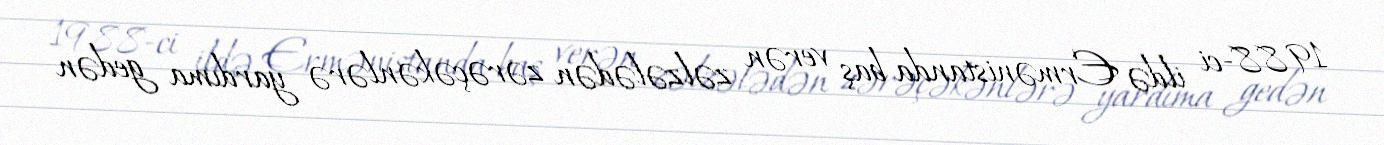
1988-ci ildə Ermənistanda baş verən zəlzələdən zərəçəkənlərə yardıma gedən